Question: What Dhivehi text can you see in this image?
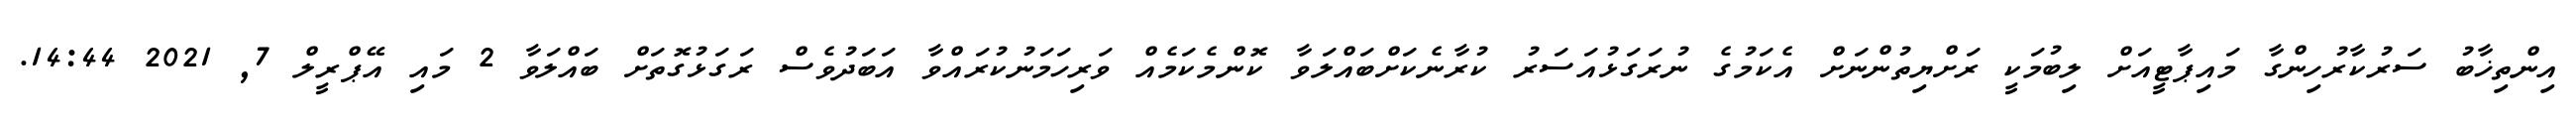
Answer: އިންތިޚާބު ސަރުކާރުހިންގާ މައިޕާޓީއަށް ލިބުމަކީ ރަށްޔިތުންނަށް އެކަމުގެ ނުރަގަޅުއަސަރު ކުރާނެކަށްބައްލަވާ ކޮންމެކަމެއް ވަރިހަމަނުކުރައްވާ އަބަދުވެސް ރަގަޅުގޮތަށް ބައްލަވާ 2 މައި އޭޕްރީލް 7, 2021 14:44.